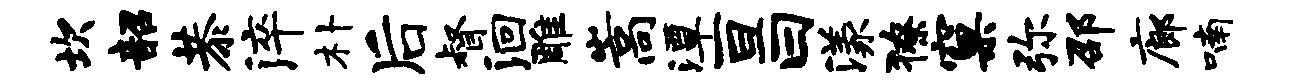
坎韶恭淬朴后督洄雕嵩潭亘曰漾獠窠弥邵廊喃